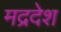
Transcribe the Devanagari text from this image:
मद्रदेश